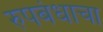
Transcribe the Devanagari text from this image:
रुपबंधाचा